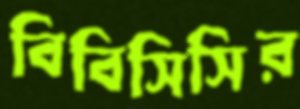
বিবিসিসির